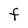
Character: F